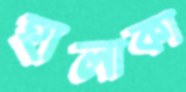
হালাকা